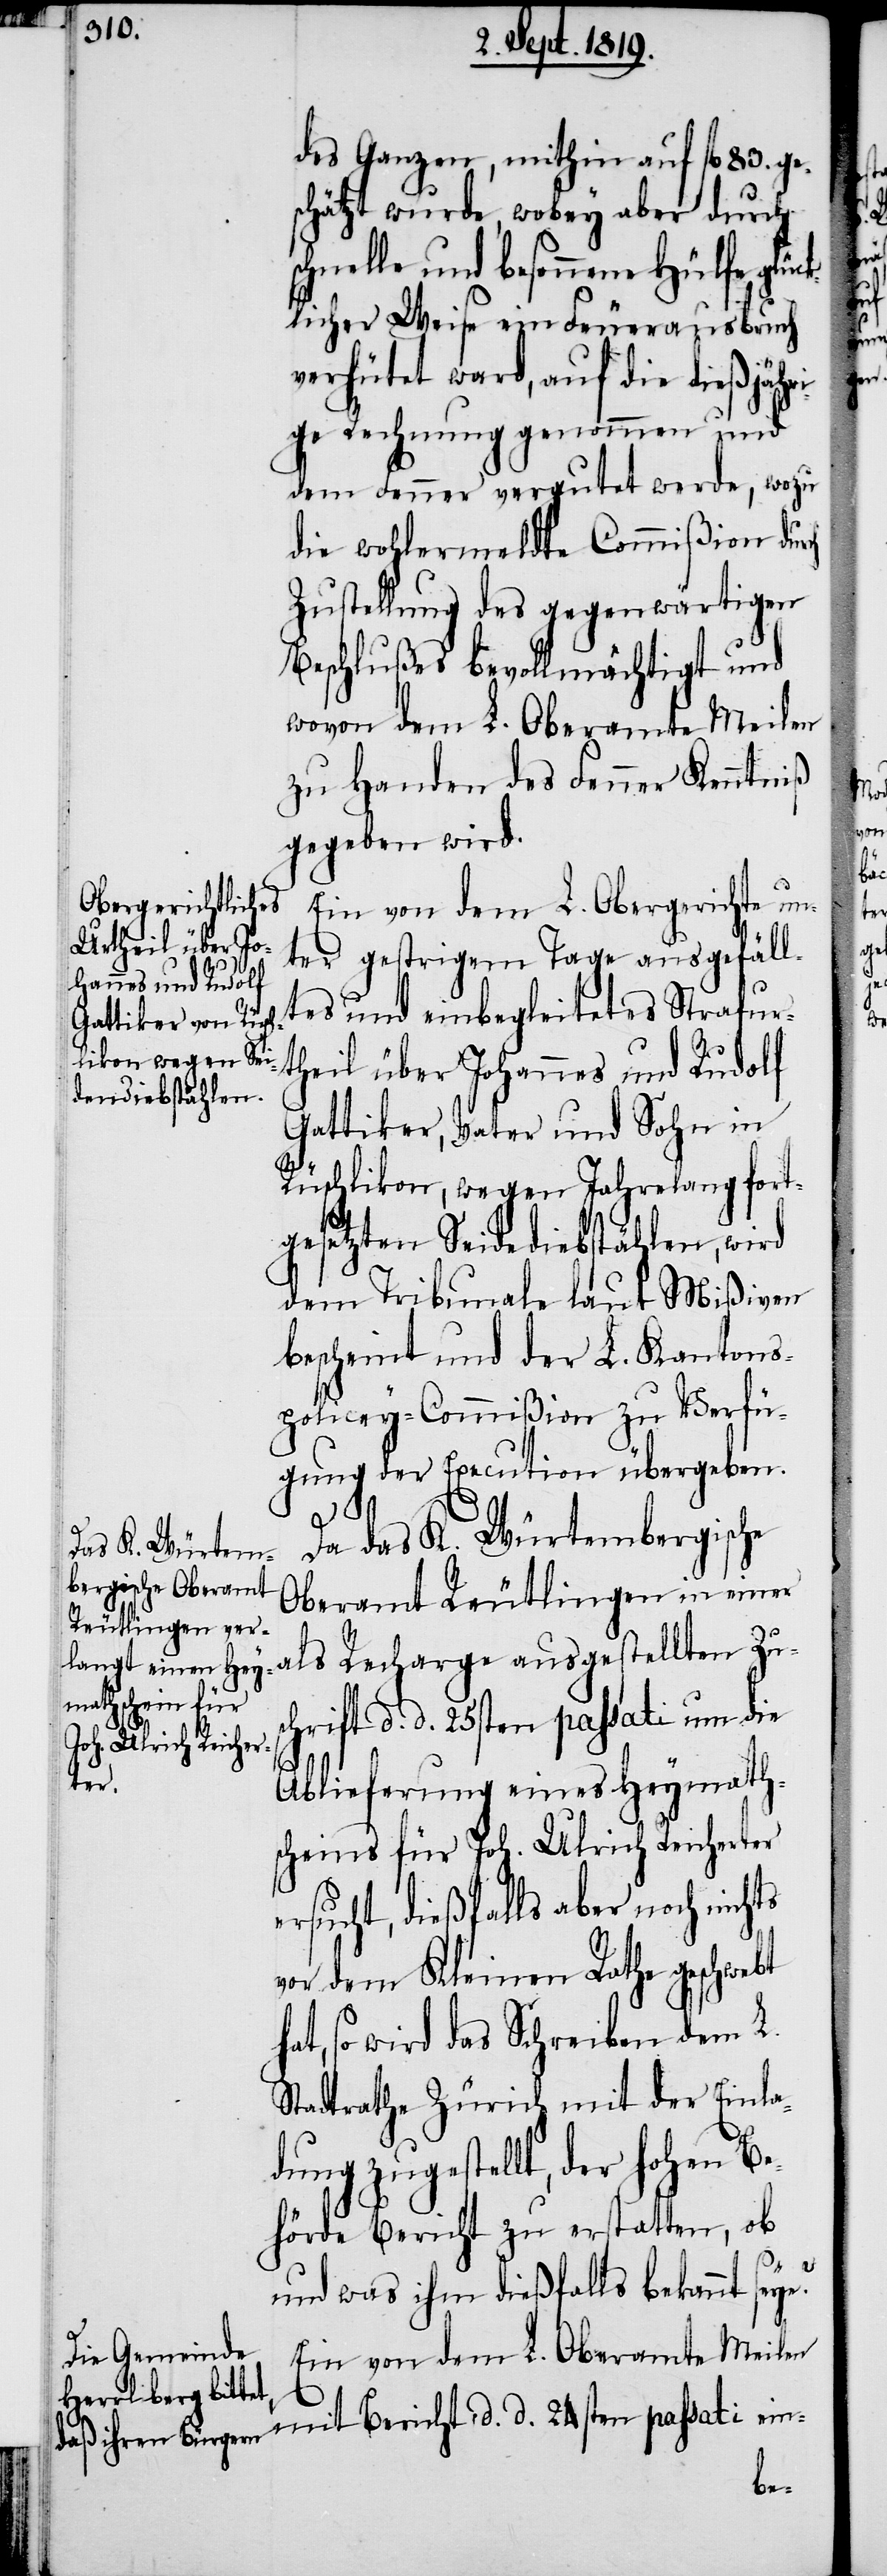
des Ganzen, mithin auf fl. 83. ge¬
schätzt wurde, wobey aber durch
chnelle und besonnene Hülfe glück¬
licher Weise ein Feuerausbruch
verhütet ward, auf die dießjähri¬
ge Rechnung genommen und
dem Fenner vergutet werde, wozu
die wohlermeldte Commißion dur¬
Zustellung des gegenwärtigen
Beschlußes bevollmächtigt und
wovon dem L. Oberamte Meilen
zu Handen des Fenner Kenntniß
gegeben wird.
Ein von dem L. Obergerichte un¬
ter gestrigem Tage ausgefäll¬
tes und einbegleitetes Strafur¬
theil über Johannes und Rudolf
Gattiker, Vater und Sohn in
Rüschlikon, wegen Jahrelang fort¬
gesetzten Seidediebstählen, wird
dem Tribunale laut Mißiven
bescheint und der L. Kantons¬
policey-Commißion zu Verfü¬
gung der Execution übergeben.
Da das K. Würtembergische
Oberamt Reutlingen in einer
als Recharge ausgestellten Zus¬
cht d. d. 24sten passati ein-
ch
Beri¬
Ablieferung eines Heymath¬
scheins für Joh. Ulrich Reicherter
sucht, dießfalls aber noch nichts
vor dem Kleinen Rathe geschwebt
hat, so wird das Schreiben dem L.
Stadtrathe Zürich mit der Einla¬
dung zugestellt, der hohen Be¬
hörde Bericht zu erstatten, ob
und was ihm dießfalls bekannt sey¬
Ein von dem L. Oberamte Meilen

e?